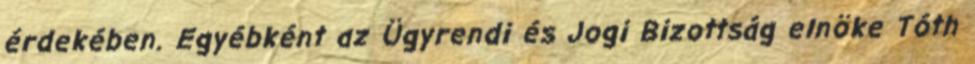
érdekében. Egyébként az Ügyrendi és Jogi Bizottság elnöke Tóth